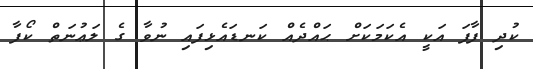
ކުދި ފާފަ އަކީ އެކަމަކަށް ޙައްދެއް ކަނޑައެޅިފައި ނުވާ ގެ ލަޢުނަތް ކޯފާ